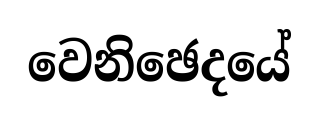
වෙනිඡෙදයේ